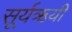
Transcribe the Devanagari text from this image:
सूर्यऋयी